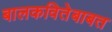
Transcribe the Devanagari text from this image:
बालकवितेबाबत